Civil Veterinary Department. Central Provinces & Berar 1932-41 - 1932-1941
Year: 1932
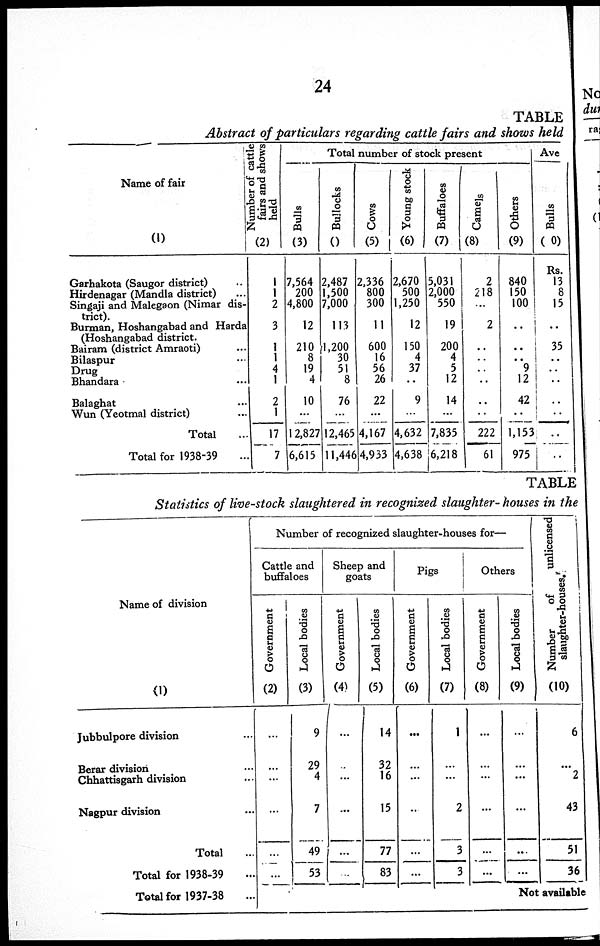
24
TABLE
Abstract of particulars regarding cattle fairs and shows held
Name of fair
(1)
Garhakota (Saugor district) ..
Hirdenagar (Mandla district) ...
Singaji and Malegaon (Nimar dis-
trict). Burman, Hoshangabad and Harda
(Hoshangabad district.
Bairam (district Amraoti) ...
Bilaspur ...
Drug
Bhandara ...
Balaghat ...
Wun (Yeotmal district)
Total
Total for 1938-39
Number of cattle
fairs and shows
held
(2)
1
1
2
3
1
1
4
1
2
1
17
7
Total number of stock present
Bulls
(3)
7,564
200
4,800
12
210
8
19
4
10
...
12,827
6,615
Bullocks
(4)
2,487
1,500
7,000
113
1,200
30
51
8
76
...
12,465
11,446
Cows
(5)
2,336
800
300
11
600
16
56
26
22
...
4,167
4,933
Young stock
(6)
2,670
500
1,250
12
150
4
37
..
9
...
4,632
4,638
Buffaloes
(7)
5,031
2,000
550
19
200
4
5
12
14
...
7,835
6,218
Camels
(8)
2
218
...
2
..
..
..
..
..
..
222
61
Others
(9)
840
150
100
..
..
..
9
12
42
..
1,153
975
Ave
Bulls
(10)
Rs.
13
8
15
..
35
.. ..
..
..
..
..
..
TABLE
Statistics of live-stock slaughtered in recognized slaughter- houses in the
Name of division
(1)
Jubbulpore division ...
Berar division ...
Chhattisgarh division ...
Nagpur division ...
Total ...
Total for 1938-39 ...
Total for 1937-38 ...
Number of recognized slaughter-houses for—
Cattle and
buffaloes
Government
(2)
...
...
...
...
...
Local bodies
(3)
9
29
4
7
49
53
Sheep and
goats
Government
(4)
...
...
...
...
...
...
Local bodies
(5)
14
32
16
15
77
83
Pigs
Government
(6)
...
...
...
...
...
...
Local bodies
(7)
1
...
...
2
3
3
Others
Government
(8)
...
..
...
...
...
...
Local bodies
(9)
...
...
...
..
..
..
Number of
unlicensed
slaughter-houses.
(10)
6
...
2
43
51
36
Not available